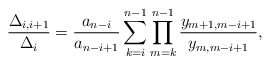
\begin{align*} \frac{\Delta_{i,i+1}}{\Delta_i}=\frac{a_{n-i}}{a_{n-i+1}}\sum_{k=i}^{n-1}\prod_{m=k}^{n-1}\frac{y_{m+1,m-i+1}}{y_{m,m-i+1}},\end{align*}